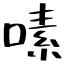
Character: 嗉